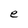
Character: e